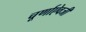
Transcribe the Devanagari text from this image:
चूर्णाऐवजी